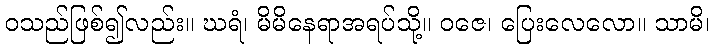
ဝသည်ဖြစ်၍လည်း။ ဃရံ၊ မိမိနေရာအရပ်သို့။ ဝဇေ၊ ပြေးလေလော။ သာမိ၊